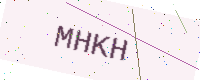
Text: MHKH